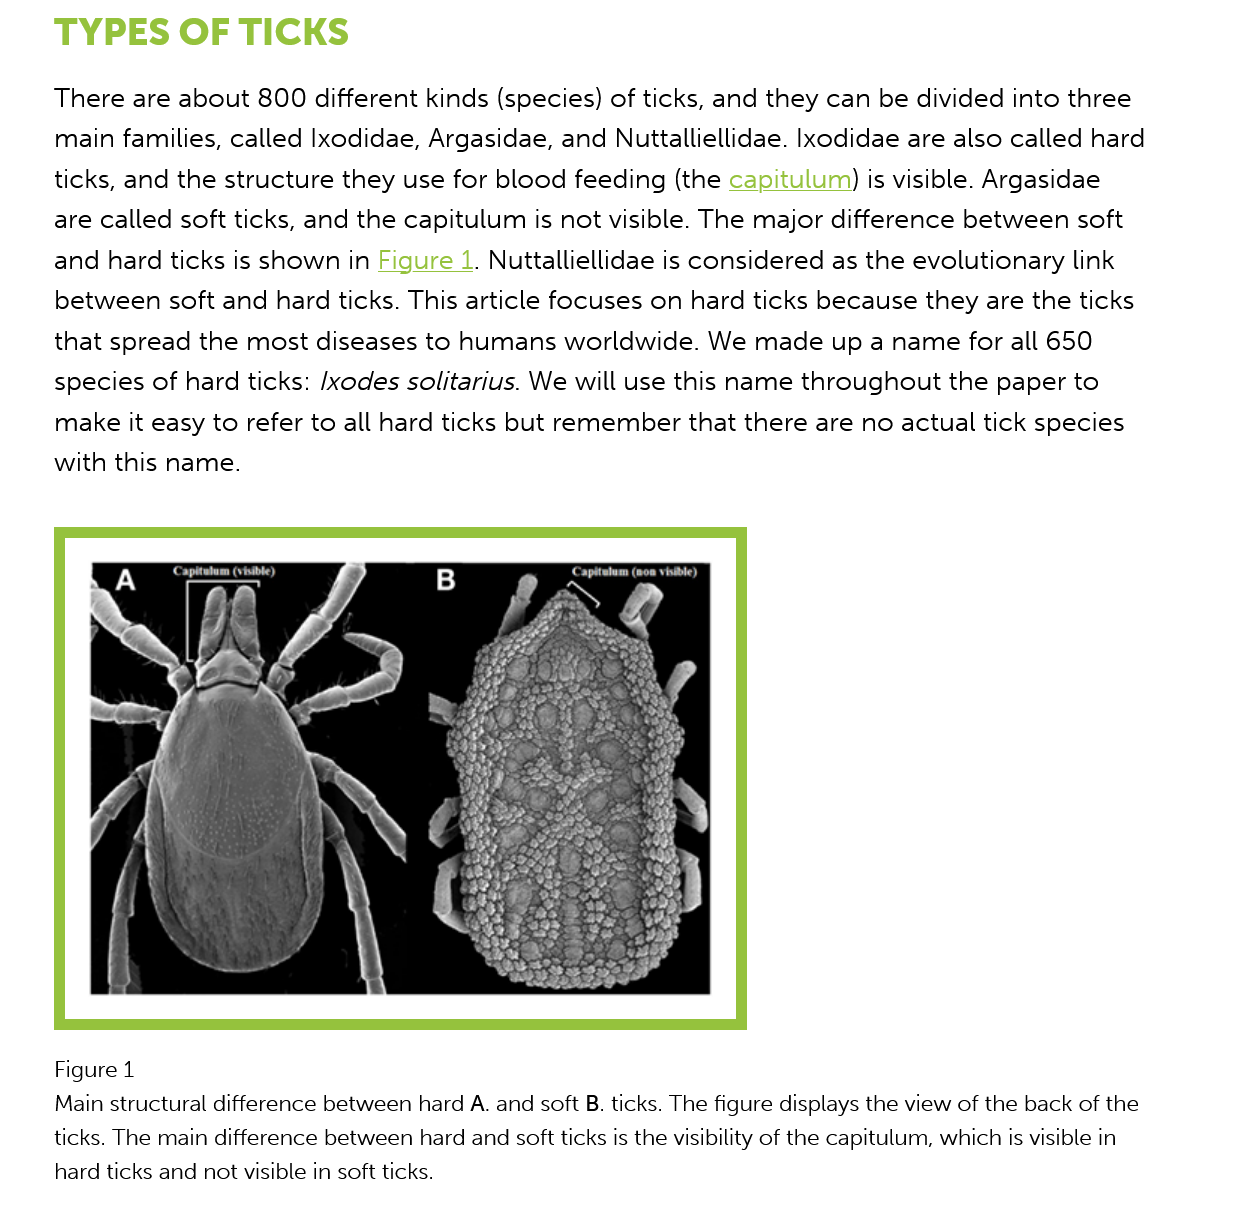
Figure 1
     Main structural difference between hard A. and soft B. ticks. The figure displays the view of the back of the
     ticks. The main difference between hard and soft ticks is the visibility of the capitulum, which is visible in
     hard ticks and not visible in soft ticks.
     TYPES    OF   TICKS
     There  are about  800  different kinds (species) of ticks, and they can be divided  into three
     main  families, called Ixodidae, Argasidae, and  Nuttalliellidae. Ixodidae are also called hard
     ticks, and the structure they  use for blood feeding  (the capitulum) is visible. Argasidae
     are called soft ticks, and the capitulum  is not visible. The major difference between soft
     and  hard ticks is shown in Figure  1. Nuttalliellidae is considered as the evolutionary link
     between   soft and  hard ticks. This article focuses on hard ticks because  they are the ticks
     that spread  the most  diseases to humans    worldwide.  We  made   up a name for all 650
     species  of hard ticks: /xodes solitarius. We will use this name throughout the   paper  to
     make it  easy to refer to all hard ticks but remember that  there are no  actual tick species
     with this name.